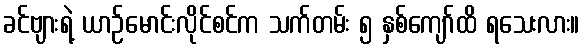
ခင်ဗျားရဲ့ ယာဉ်မောင်းလိုင်စင်က သက်တမ်း ၅ နှစ်ကျော်ထိ ရသေးလား။